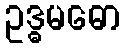
ဥဒ္ဓမဓော